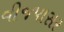
વીજપાસર